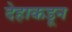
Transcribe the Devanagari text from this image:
देहाकडून